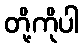
တို့ကိုပါ